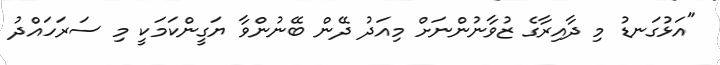
"އަޅުގަނޑު މި ދާއިރާގެ ޒުވާނުންނަށް މިއަދު ދޭން ބޭނުންވާ ޔަގީންކަމަކީ މި ސަރަހައްދު